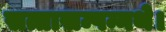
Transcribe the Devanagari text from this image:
सत्तासम्पन्नथे।